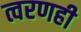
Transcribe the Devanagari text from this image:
त्वरणही